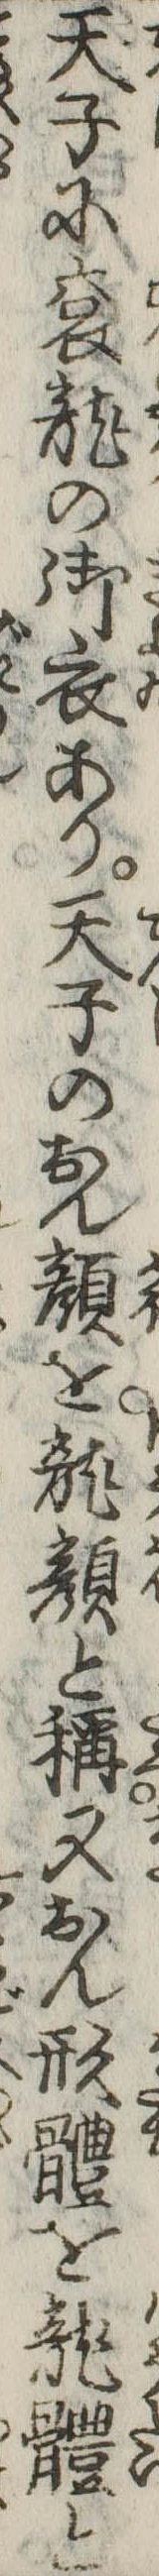
天子に袞竜の御衣あり天子のおん顔を竜顔と称又おん形体を竜体と